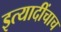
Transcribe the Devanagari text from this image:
इत्यादींचाच